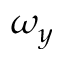
\omega _ { y }